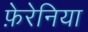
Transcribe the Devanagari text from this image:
फ़ेरेनिया